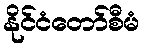
နိုင်ငံတော်စီမံ